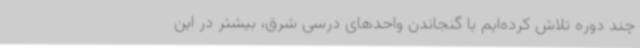
چند دوره تلاش کرده‌ایم با گنجاندن واحدهای درسی شرق، بیشتر در این